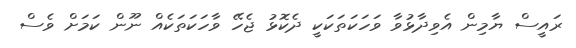
ރައީސް ޔާމިން އެވިދާޅުވާ ވަހަކަތަކަކީ ދެކޮޅު ޖެހޭ ވާހަކަތަކެއް ނޫން ކަމަށް ވެސް